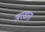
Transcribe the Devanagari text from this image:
अरसात